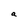
Character: a